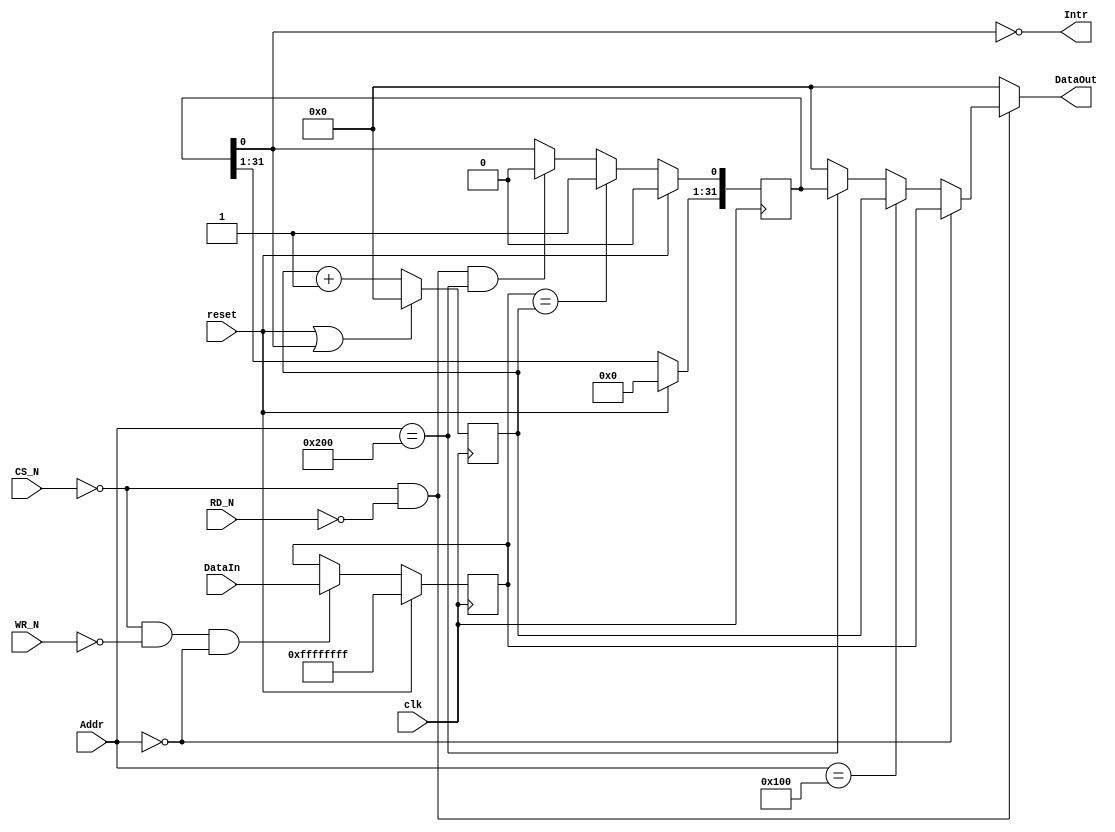
//
//          Computer Science & Engineering
//          Korea University
//  Description: Timer 
//

`timescale 1ns/1ns

module TimerCounter(
  input clk,
  input reset,
  input CS_N,
  input RD_N,
  input WR_N,
  input [11:0] Addr,
  input [31:0] DataIn,
  output reg [31:0] DataOut,
  output Intr);
  

  reg [31:0] CompareR;
  reg [31:0] CounterR;
  reg [31:0] StatusR; 
  
    
//  ==============================
//  Timer registers 
//  ==============================
//  FFFF_0200 Status register  (Read-Only)
//  FFFF_0100 Counter register (Read-Only)
//  ------------------------------
//  FFFF_0000 Compare register (Read/Write)
//  ==============================


  // Compare Register Write
  always @(posedge clk)
  begin
    if(reset)                                        
          CompareR <=32'hFFFF_FFFF;
          
    else if(~CS_N && ~WR_N && (Addr[11:0]==12'h000))     
          CompareR <= DataIn;
          
  end
    

  // Status Register
  always @(posedge clk)
  begin      
    if (reset)
         StatusR <= 32'b0; 
    
    else if (CompareR == CounterR)
         StatusR[0] <= 1'b1;
         
    else if (~CS_N && ~RD_N && Addr[11:0] == 12'h200)
         StatusR[0] <= 1'b0;
    
  end   

  assign  Intr = ~StatusR[0];


  // Increment Counter in the Counter Register 
  // Reset conditions: 1. reset 2. when the counter value is equal to the compare register
  always @(posedge clk)
  begin      
    if(reset | StatusR[0])   CounterR <= 32'b0;
    else                      CounterR <= CounterR + 32'b1; 
  end


  // Register Read
  always @(*)
  begin
    if(~CS_N && ~RD_N)
    begin
      if      (Addr[11:0] == 12'h000) DataOut <= CompareR;
      else if (Addr[11:0] == 12'h100) DataOut <= CounterR;
      else if (Addr[11:0] == 12'h200) DataOut <= StatusR;
      else                            DataOut <= 32'b0;
     end
     else                             DataOut <= 32'b0;
  end
  
endmodule